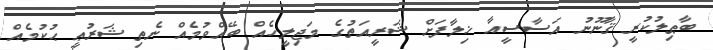
ބާޠިލުކުރީ ޤާނޫނު އަސާސީއާ ޚިލާފަށް ޝަރީއަތުގެ މަޖިލީހެއް ބޭއްވުމެއް ނެތި ޝަރުޢީ ޙުކުމެއް